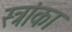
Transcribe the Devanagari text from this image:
स्त्रांका